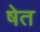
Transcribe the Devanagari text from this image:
षेत